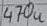
Text: 470u